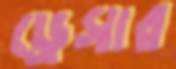
ড্রেসার